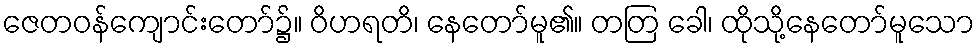
ဇေတဝန်ကျောင်းတော်၌။ ဝိဟရတိ၊ နေတော်မူ၏။ တတြ ခေါ၊ ထိုသို့နေတော်မူသော